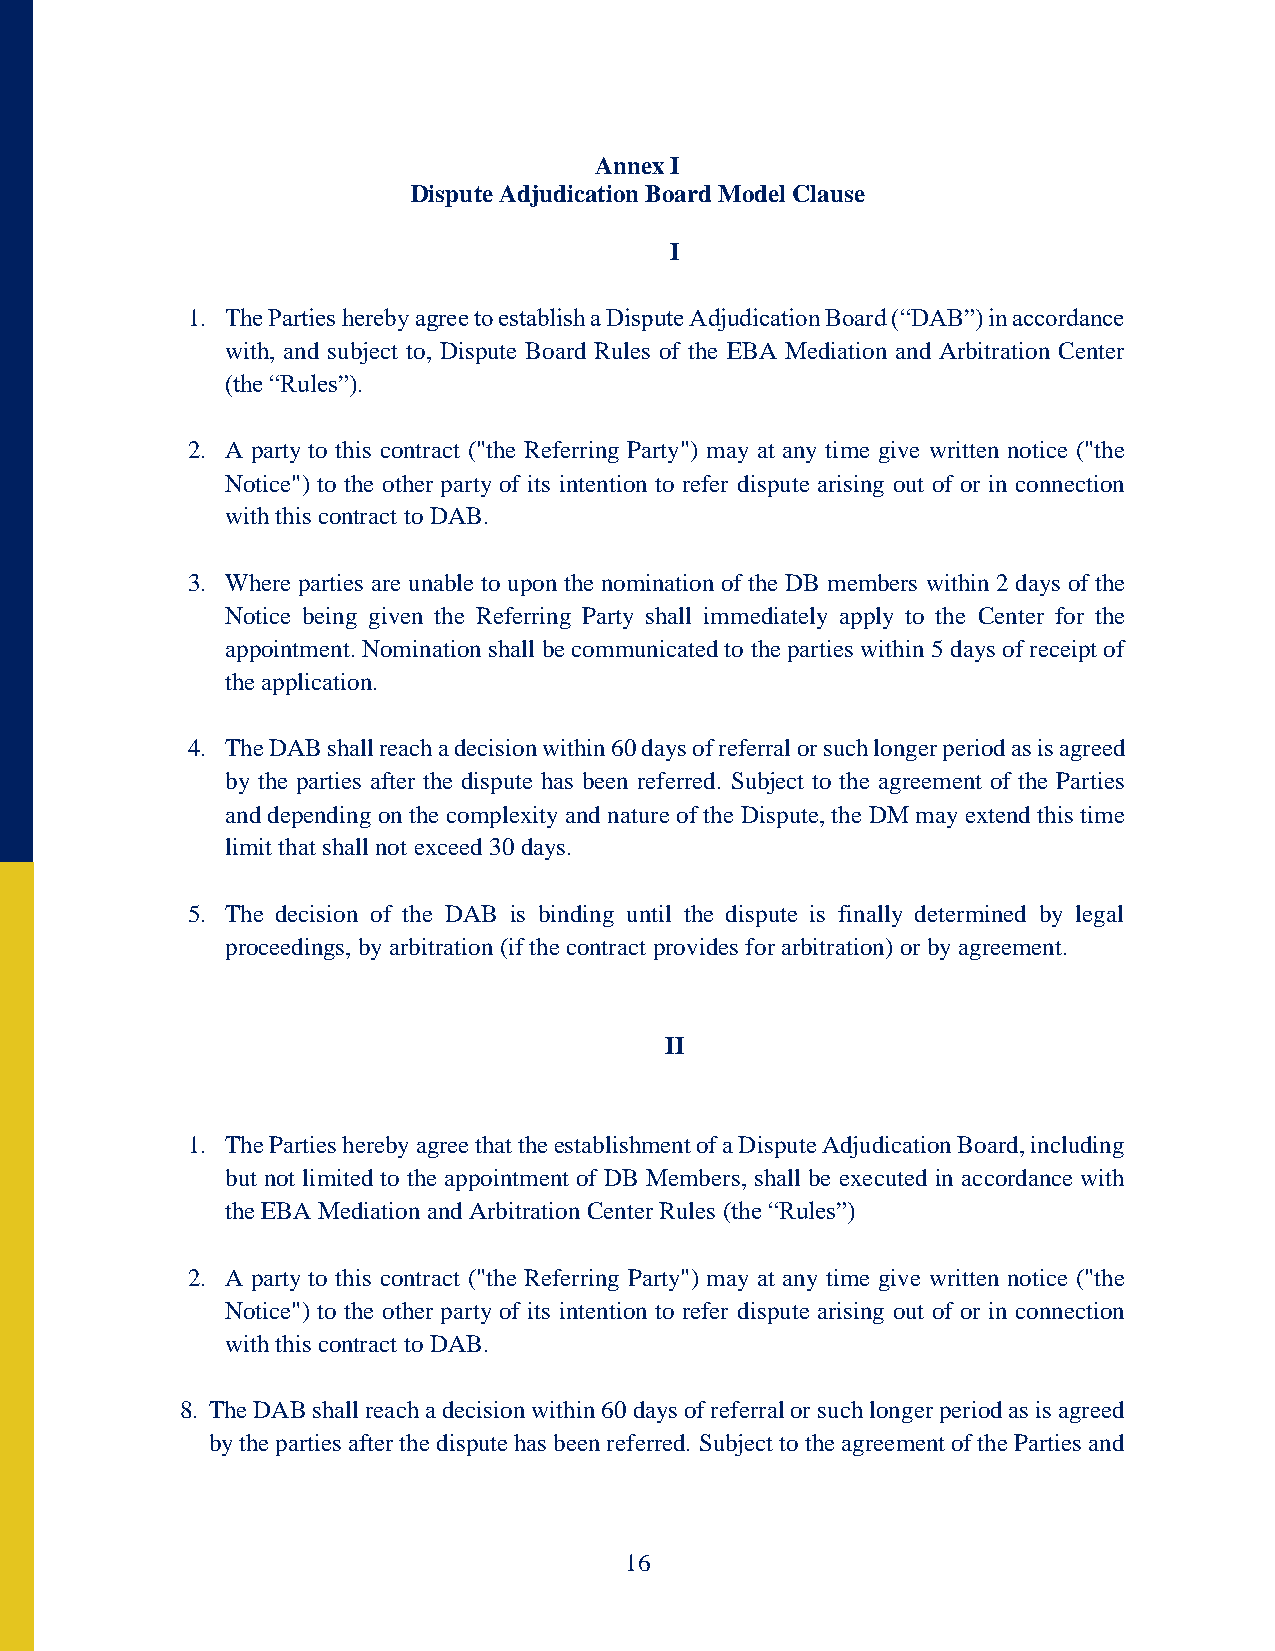
Annex I
 Dispute Adjudication Board Model Clause
 I
 1. The Parties hereby agree to establish a Dispute Adjudication Board (“DAB”) in accordance
 with, and subject to, Dispute Board Rules of the EBA Mediation and Arbitration Center
 (the “Rules”).
 2. A party to this contract ("the Referring Party") may at any time give written notice ("the
 Notice") to the other party of its intention to refer dispute arising out of or in connection
 with this contract to DAB.
 3. Where parties are unable to upon the nomination of the DB members within 2 days of the
 Notice being given the Referring Party shall immediately apply to the Center for the
 appointment. Nomination shall be communicated to the parties within 5 days of receipt of
 the application.
 4. The DAB shall reach a decision within 60 days of referral or such longer period as is agreed
 by the parties after the dispute has been referred. Subject to the agreement of the Parties
 and depending on the complexity and nature of the Dispute, the DM may extend this time
 limit that shall not exceed 30 days.
 5. The decision of the DAB is binding until the dispute is finally determined by legal
 proceedings, by arbitration (if the contract provides for arbitration) or by agreement.
 II
 1. The Parties hereby agree that the establishment of a Dispute Adjudication Board, including
 but not limited to the appointment of DB Members, shall be executed in accordance with
 the EBA Mediation and Arbitration Center Rules (the “Rules”)
 2. A party to this contract ("the Referring Party") may at any time give written notice ("the
 Notice") to the other party of its intention to refer dispute arising out of or in connection
 with this contract to DAB.
 8. The DAB shall reach a decision within 60 days of referral or such longer period as is agreed
 by the parties after the dispute has been referred. Subject to the agreement of the Parties and
 16